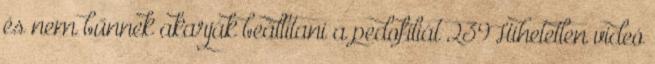
és nem bűnnek akarják beállítani a pedofíliát 239Hihetetlen videó